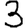
Digit: 3